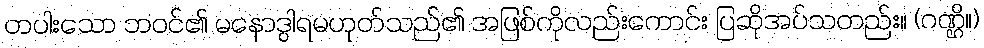
တပါးသော ဘဝင်၏ မနောဒွါရမဟုတ်သည်၏ အဖြစ်ကိုလည်းကောင်း ပြဆိုအပ်သတည်း။ (ဂဏ္ဌိ။)